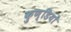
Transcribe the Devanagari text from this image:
कुण्डियों